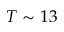
T \sim 1 3